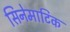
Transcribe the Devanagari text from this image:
सिनेमाटिक